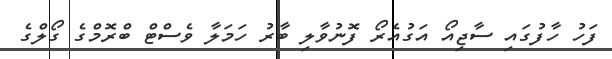
ފަހު ހާފުގައި ސާޖިއޯ އަގުއެރޯ ފޮނުވާލި ބާރު ހަމަލާ ވެސްޓް ބްރޮމްގެ ގޯލްގެ